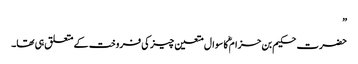
”
حضرت حکیم بن حزام ؓکا سوال متعین چیز کی فروخت کے متعلق ہی تھا۔